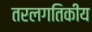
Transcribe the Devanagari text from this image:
तरलगतिकीय